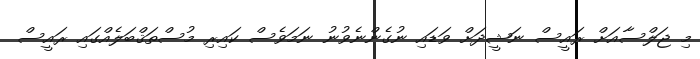
މި ޖަލްސާއަށް ރައީސް ނަޝީދަށް ވަޑައި ނުގެންނެވުނު ނަމަވެސް ކައިރި މުސްތަޤްބަލެއްގައި ރައީސް